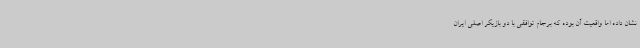
نشان داده اما واقعیت آن بوده که برجام توافقی با دو بازیگر اصلی ایران